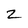
Character: 2